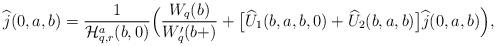
LaTeX: \begin{align*}\widehat{j}(0,a,b) &=\frac{1}{\mathcal{H}^a_{q,r}(b,0)} \Big( \frac {W_q(b)} {W_q'(b+)}+\big[ \widehat{U}_1(b,a,b,0) + \widehat{U}_2(b,a,b)\big] \widehat{j}(0,a,b) \Big),\end{align*}